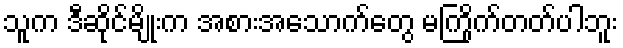
သူက ဒီဆိုင်မျိုးက အစားအသောက်တွေ မကြိုက်တတ်ပါဘူး